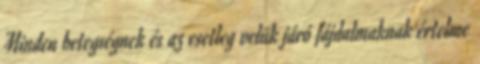
Minden betegségnek és az esetleg velük járó fájdalmaknak értelme